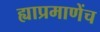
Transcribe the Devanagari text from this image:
ह्याप्रमाणेंच